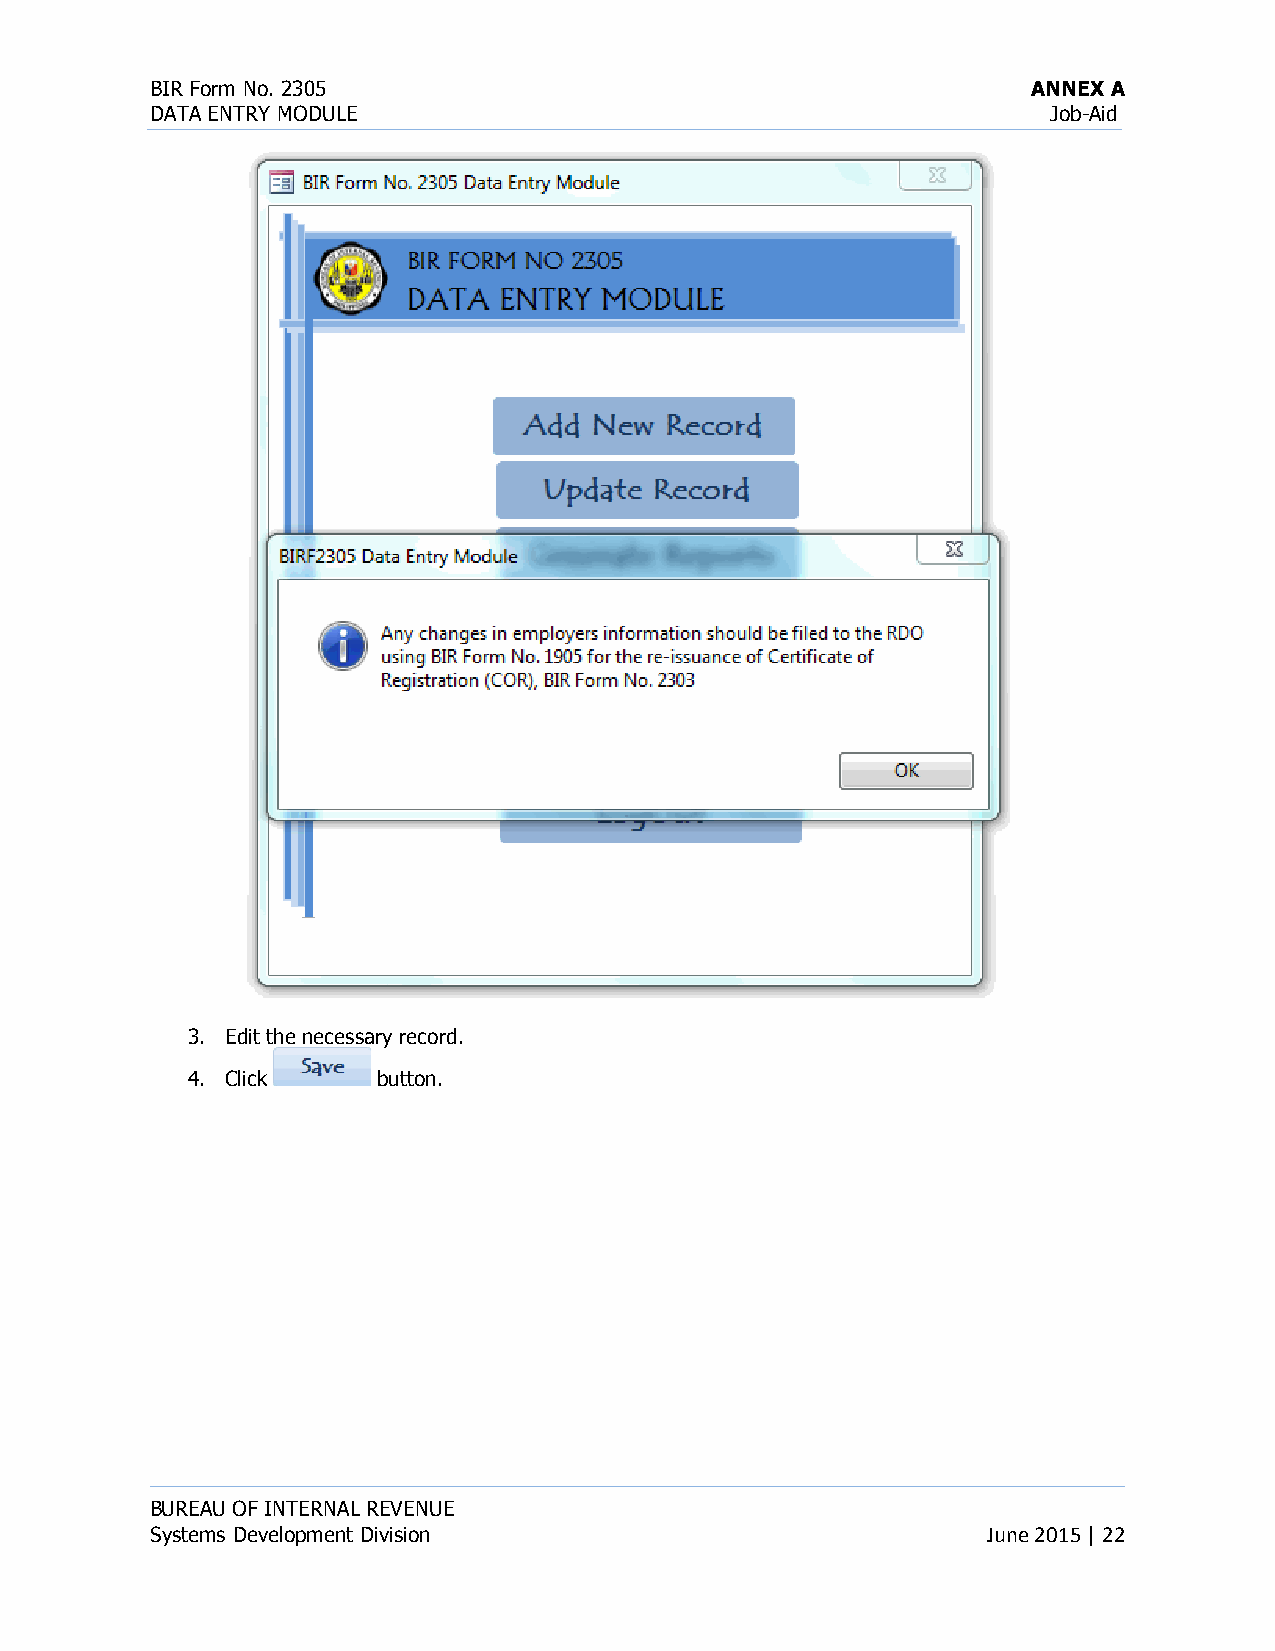
BIR Form No. 2305                                         ANNEX A
 DATA ENTRY MODULE                                           Job-Aid
 3. Edit the necessary record.
 4. Click     button.
 BUREAU OF INTERNAL REVENUE
 Systems Development Division                           June 2015 | 22